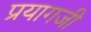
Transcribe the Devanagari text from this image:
प्रयागजी